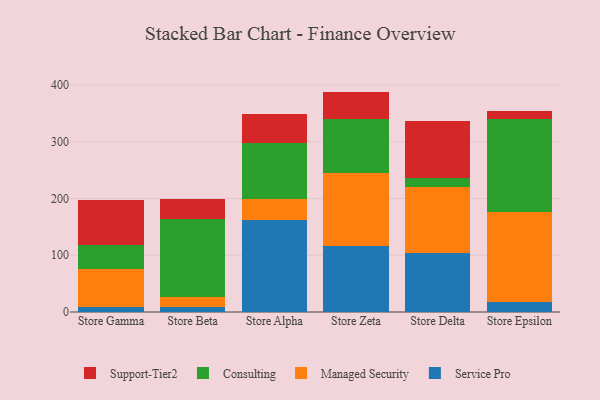
{"axis": {"x": "Store", "y": "Active Users"}, "legend": ["Consulting", "Managed Security", "Service Pro", "Support-Tier2"], "data": [{"x": "Store Gamma", "y": 8.9, "type": "Service Pro"}, {"x": "Store Gamma", "y": 67.4, "type": "Managed Security"}, {"x": "Store Gamma", "y": 42.2, "type": "Consulting"}, {"x": "Store Gamma", "y": 78.1, "type": "Support-Tier2"}, {"x": "Store Beta", "y": 8.3, "type": "Service Pro"}, {"x": "Store Beta", "y": 18.2, "type": "Managed Security"}, {"x": "Store Beta", "y": 136.7, "type": "Consulting"}, {"x": "Store Beta", "y": 36.1, "type": "Support-Tier2"}, {"x": "Store Alpha", "y": 162.3, "type": "Service Pro"}, {"x": "Store Alpha", "y": 37.4, "type": "Managed Security"}, {"x": "Store Alpha", "y": 97.6, "type": "Consulting"}, {"x": "Store Alpha", "y": 51.5, "type": "Support-Tier2"}, {"x": "Store Zeta", "y": 116.3, "type": "Service Pro"}, {"x": "Store Zeta", "y": 128.6, "type": "Managed Security"}, {"x": "Store Zeta", "y": 94.5, "type": "Consulting"}, {"x": "Store Zeta", "y": 49.1, "type": "Support-Tier2"}, {"x": "Store Delta", "y": 103.5, "type": "Service Pro"}, {"x": "Store Delta", "y": 116.5, "type": "Managed Security"}, {"x": "Store Delta", "y": 15.6, "type": "Consulting"}, {"x": "Store Delta", "y": 100.5, "type": "Support-Tier2"}, {"x": "Store Epsilon", "y": 18.5, "type": "Service Pro"}, {"x": "Store Epsilon", "y": 158.0, "type": "Managed Security"}, {"x": "Store Epsilon", "y": 163.0, "type": "Consulting"}, {"x": "Store Epsilon", "y": 14.2, "type": "Support-Tier2"}]}